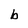
Character: b